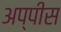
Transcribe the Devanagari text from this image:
अप्पीस